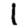
Digit: 1